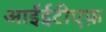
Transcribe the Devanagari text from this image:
आईईटीएफ़